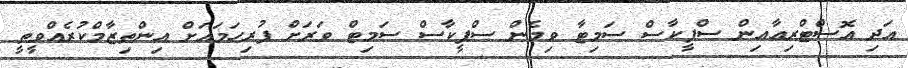
އަދި އޮސްޓްރިއާއިން ސްޕީކާސް ސަމިޓާ ވިމެން ސްޕީކާސް ސަމިޓް ވަރަށް ފުރިހަމައަށް އިންތިޒާމްކުރެއްވީތީ